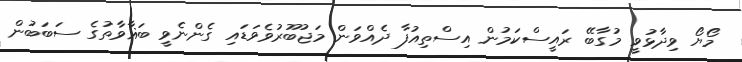
މޯޔޯ ވިދާޅުވީ މުގާބޭ ރައީސްކަމުން އިސްތިއުފާ ދެއްވަން މަޖުބޫރުވެވަޑައި ގެންނެވީ ބަޣާވާތުގެ ސަބަބުން